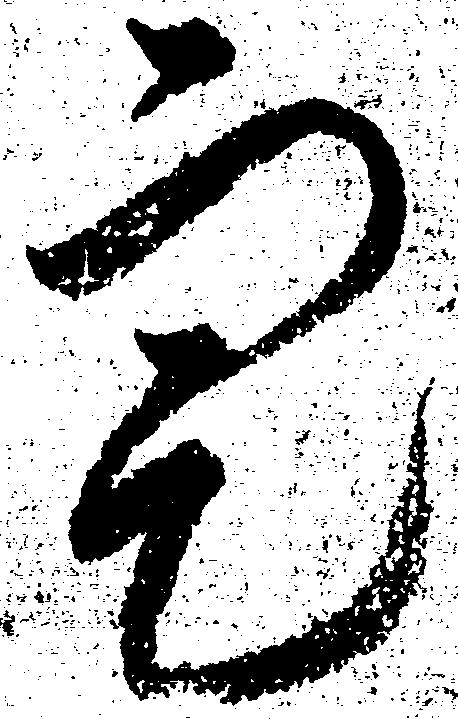
定